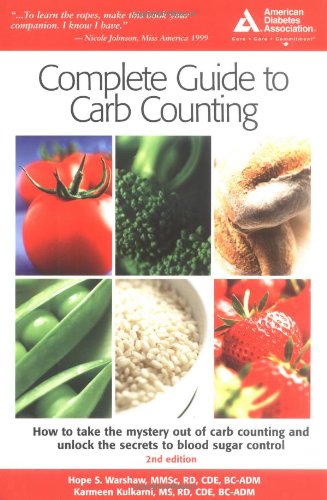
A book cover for ADA Complete Guide to Carb Counting; Hope S. Warshaw; Health, Fitness & Dieting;